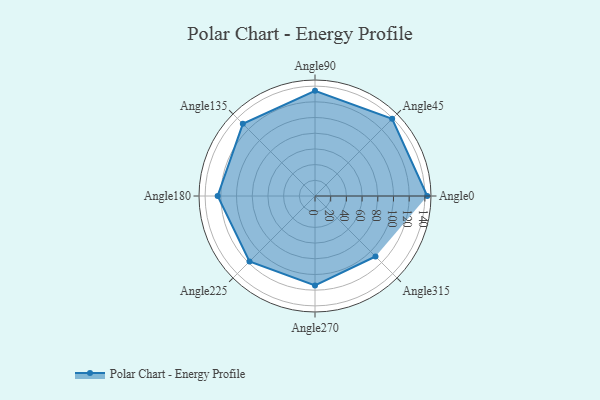
{"axis": {"x": "Angle", "y": "Radius"}, "legend": [""], "data": [{"x": "Angle0", "y": 143.0, "type": ""}, {"x": "Angle45", "y": 139.0, "type": ""}, {"x": "Angle90", "y": 134.0, "type": ""}, {"x": "Angle135", "y": 130.0, "type": ""}, {"x": "Angle180", "y": 124.0, "type": ""}, {"x": "Angle225", "y": 118.0, "type": ""}, {"x": "Angle270", "y": 114.0, "type": ""}, {"x": "Angle315", "y": 109.0, "type": ""}]}